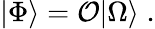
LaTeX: |\Phi\rangle={\cal O}|\Omega\rangle\; .